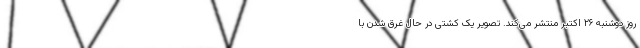
روز دوشنبه ۲۶ اکتبر منتشر می‌کند. تصویر یک کشتی در حال غرق شدن با